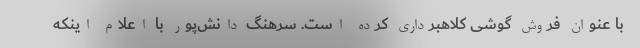
با عنوان فروش گوشی کلاهبرداری کرده است. سرهنگ دانش‌پور با اعلام اینکه